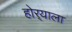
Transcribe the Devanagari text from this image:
होर्‍याला